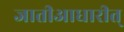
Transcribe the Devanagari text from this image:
जातीआधारीत्